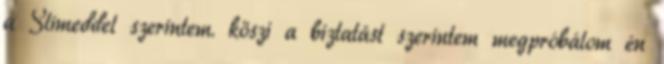
a Slimeddel szerintem. köszi a biztatást szerintem megpróbálom én